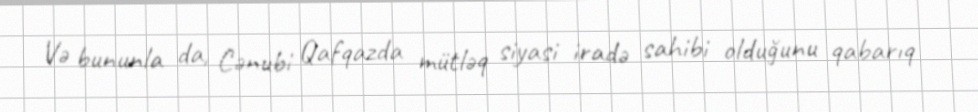
Və bununla da, Cənubi Qafqazda mütləq siyasi iradə sahibi olduğunu qabarıq